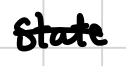
Text: state
Cross-out: single-line
Writing tool: digital_black